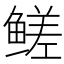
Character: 𬶣